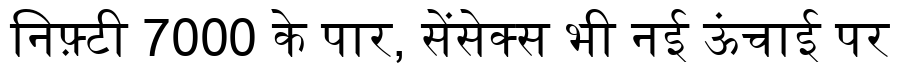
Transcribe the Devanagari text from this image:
निफ़्टी 7000 के पार, सेंसेक्स भी नई ऊंचाई पर